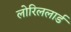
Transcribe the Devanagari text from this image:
लोरिललार्ड